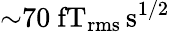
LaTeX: {\sim}70~\mathrm{fT_{rms}\, s^{1/2}}